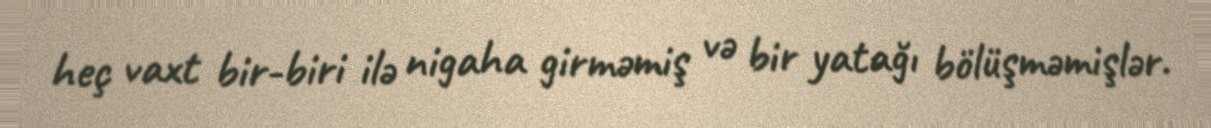
heç vaxt bir-biri ilə nigaha girməmiş və bir yatağı bölüşməmişlər.